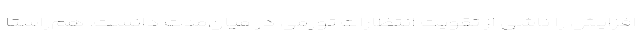
افزایش را ناشی از تقویت انتظارات تورمی در میان‌مدت دانست. هم‌راستا